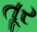
તૂર